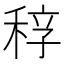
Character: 𥟆